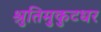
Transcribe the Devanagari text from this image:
श्रुतिमुकुटधर